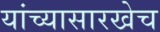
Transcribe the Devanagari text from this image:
यांच्यासारखेच